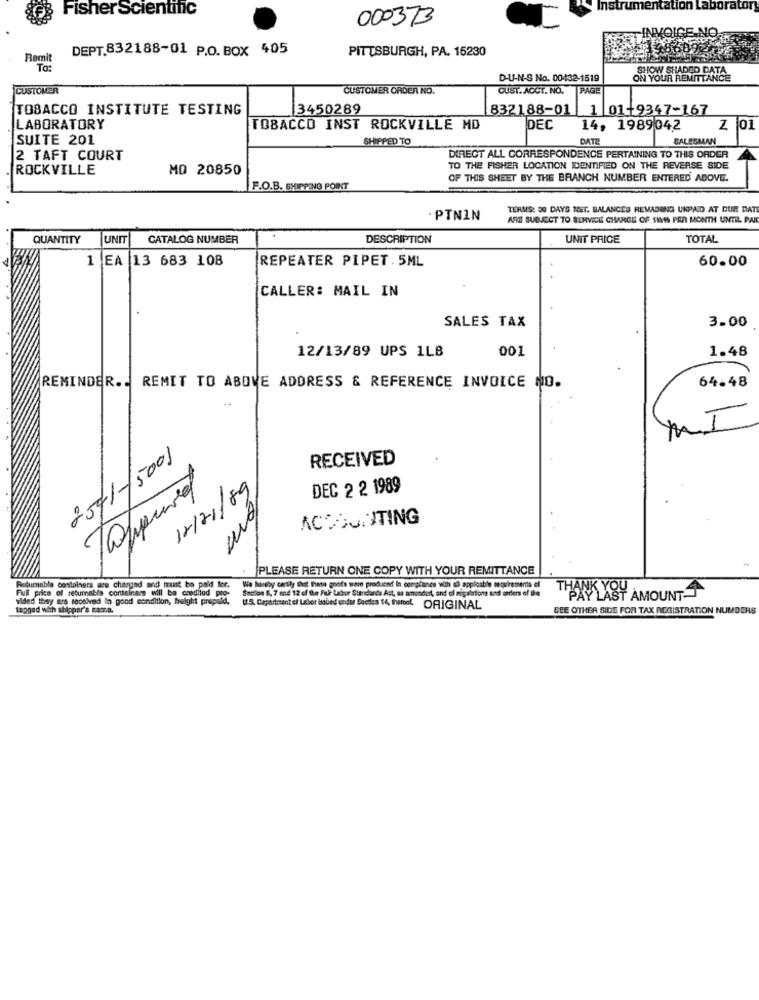
FisherScientific
Instrumentation Laboratory
000373
-INVOLG
DEPT.832188-01 P.O. BOX 405
PITTSBURGH, PA. 15230
Ramit
To:
D-U-N-S No. 00432-1519
ON YOUR REMITTANCE
SHOW SHADDO DATA
CUSTOMER
CUSTOMER ORDER NO.
CUST. ACCT. NO.
TOBACCO INSTITUTE TESTING
3450289
832188-01
1 01+9347-167
LABORATORY
TOBACCO INST ROCKVILLE MD
DEC
14, 1989042
Z 01
SUITE 201
SHIPPED TO
DATE
SALESMAN
2 TAFT COURT
DIRECT ALL CORRESPONDENCE PERTAINING TO THIS ORDER
ROCKVILLE
MO 20850
TO THE FISHER LOCATION IDENTIFIED ON THE REVERSE SIDE
OF THIS SHEET BY THE BRANCH NUMBER ENTERED ABOVE.
F.O.B. SHIPPING POINT
TERMS: 30 DAYS NET. BALANCES REMAINING UNPAID AT DUR DAT
. PTNIN
ARE SUBJECT TO BEHVICE CHARGE OF SHAN PER MONTH UNTIL PAR
QUANTITY
UND
CATALOG NUMBER
DESCRIPTION
UNIT PRICE
TOTAL
1 EA 13 683 108
REPEATER PIPET. 5ML
60.00
CALLER: MAIL IN
SALES TAX
3.00
001
1.48
12/13/89 UPS 1LB
REMINDER .. REMIT TO ABOVE ADDRESS & REFERENCE INVOICE NO.
64.48
..
I
2501-5001
RECEIVED
Jappuvedl
12/21/89
DEC 2 2 1989
ACCOUNTING
PLEASE RETURN ONE COPY WITH YOUR REMITTANCE
Ful price of returnable Containmal Di Ti be dd Por-
Roturnable containers are charged ar
Wie hureby carly that thete goods were produced In compliance with ed applicable requirements of
Section 6, 7 and 12 cl the Ful Labor Standar
det Standards Act, ma ammundo, and ol nigabrions und order of the
vided they are socalved In good condition, height prepend.
BAY LAST AMOUNT
tagged with shippor's cama.
U.S. Department of Labor Babied endur Secdea 14, thantel ORIGINAL
SEE OTHER SIDE FOR TAX REGISTRATION NUMBERS